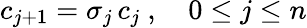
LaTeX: c_{j+1}=\sigma_{j}\, c_{j}\ ,\quad 0\leq j\leq n